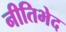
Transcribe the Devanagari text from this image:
नीतिभेद